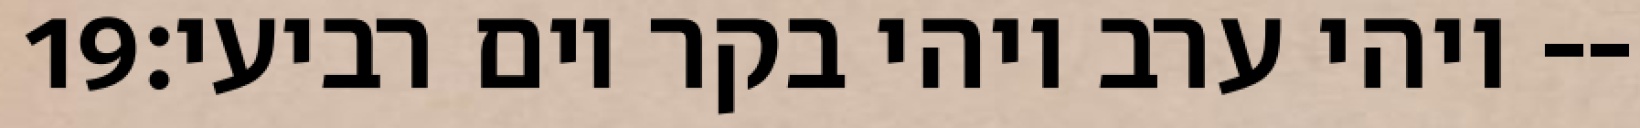
‎19‏ ויהי ערב ויהי בקר יום רביעי׃--